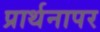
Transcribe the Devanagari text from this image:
प्रार्थनापर